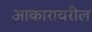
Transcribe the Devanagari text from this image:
आकारावरील